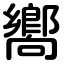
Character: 嚮